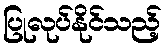
ပြုလုပ်နိုင်သည့်